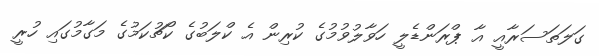
ގަލަތަސަރާއީ އާ ޕްރަންޑެލީ ހަވާލުވުމުގެ ކުރިން އެ ކްލަބުގެ ކޯޗުކަމުގެ މަގާމުގައި ހުރީ